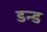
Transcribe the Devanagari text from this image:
डन्ड